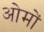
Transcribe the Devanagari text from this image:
ओमों